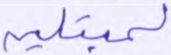
لمبتلين